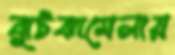
ঝুটঝামেলায়